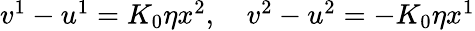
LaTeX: \begin{array}{r}{v^{1}-u^{1}=K_{0}\eta x^{2},\quad v^{2}-u^{2}=-K_{0}\eta x^{1}}\end{array}